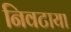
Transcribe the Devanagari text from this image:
निवटाया